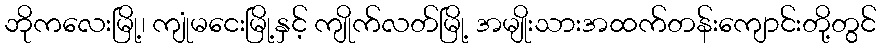
ဘိုကလေးမြို့၊ ကျုံမငေးမြို့နှင့် ကျိုက်လတ်မြို့ အမျိုးသားအထက်တန်းကျောင်းတို့တွင်